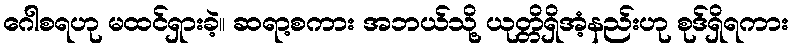
ဂေါစရဟု မထင်ရှားခဲ့။ ဆရာ့စကား အဘယ်သို့ ယုတ္တိရှိအံ့နည်းဟု စုဒ်ရှိရကား